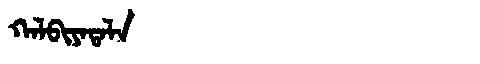
Manchu: ᡴᠠᠯᠪᡳᠶᠠᡨᠠᠯᠠ
Romanization: KALBIYATALA